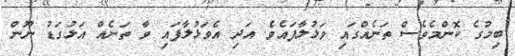
ބިމުގެ ކޮންމެވެސް ތަނެއްގައި ވަޅުލާފައެވެ. އަދި އެވަޅުލާފައި ވާ ތަނެއް އަޅުގަޑު ނޫން